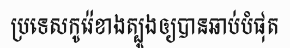
ប្រទេសកូរ៉េខាងត្បូងឲ្យបានឆាប់បំផុត